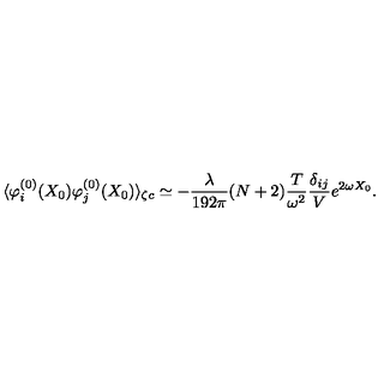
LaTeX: \langle \varphi _ { i } ^ { ( 0 ) } ( X _ { 0 } ) \varphi _ { j } ^ { ( 0 ) } ( X _ { 0 } ) \rangle _ { \zeta c } \simeq - \frac { \lambda } { 1 9 2 \pi } ( N + 2 ) \frac { T } { \omega ^ { 2 } } \frac { \delta _ { i j } } { V } e ^ { 2 \omega X _ { 0 } } .